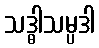
သဒ္ဓါသမ္ပဒါ